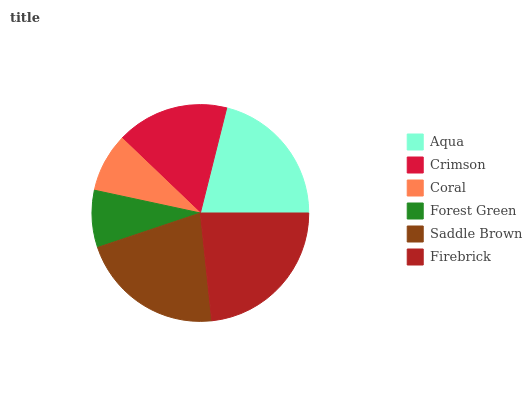
| Aqua | Crimson | Coral | Forest Green | Saddle Brown | Firebrick |
 | --- | --- | --- | --- | --- | --- |
 | 21.2% | 16.7% | 8.77% | 8.51% | 21.5% | 23.4% |